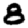
Digit: 8